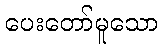
ပေးတော်မူသော